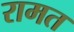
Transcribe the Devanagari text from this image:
रामत